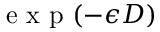
\mathrm { ~ e ~ x ~ p ~ } ( - \epsilon D )